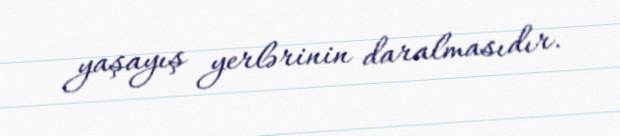
yaşayış yerlərinin daralmasıdır.